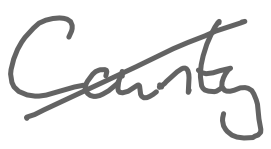
Text: County
Cross-out: diagonal
Writing tool: digital_gray